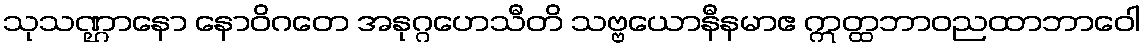
သုသဏ္ဌာနော နောဝိဂတေ အနုဂ္ဂဟေသီတိ သဗ္ဗယောနီနမာဧ ဣတ္ထဘာဝညထာဘာဝေါ